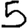
Digit: 5